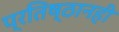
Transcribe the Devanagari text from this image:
प्रतिष्ठानही